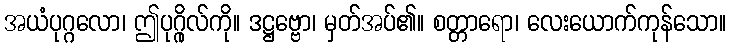
အယံပုဂ္ဂလော၊ ဤပုဂ္ဂိုလ်ကို။ ဒဋ္ဌဗ္ဗော၊ မှတ်အပ်၏။ စတ္တာရော၊ လေးယောက်ကုန်သော။